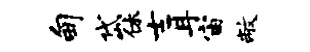
甸岱休士耳宙敝